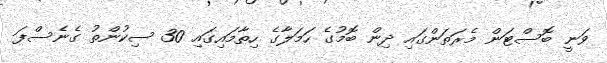
ވަނީ ބޮސްޓަން މެރަތަންގައި ދިން ބޮމުގެ ހަމަލާގެ ހިތާމައިގައި 30 ސިކުންތު ގެނެސްފަ